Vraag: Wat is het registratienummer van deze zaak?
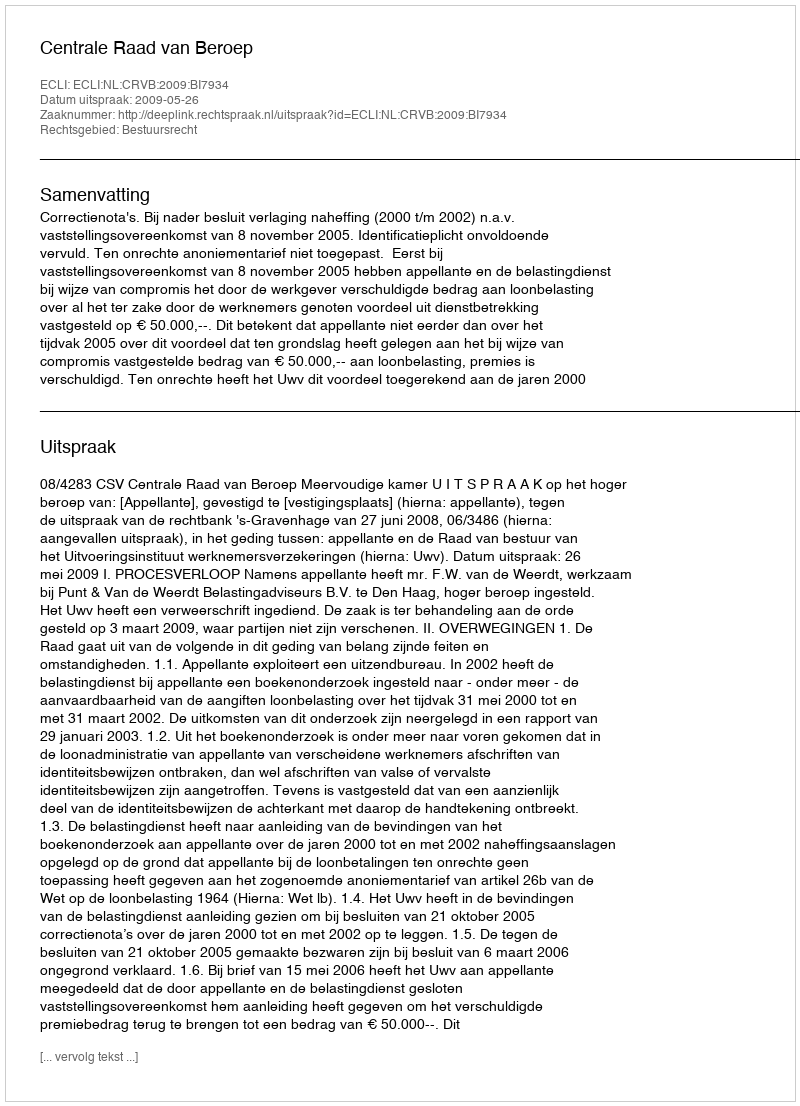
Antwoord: http://deeplink.rechtspraak.nl/uitspraak?id=ECLI:NL:CRVB:2009:BI7934